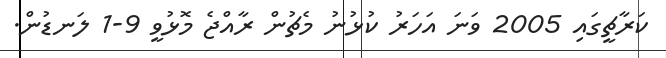
ކަރާޗީގައި 2005 ވަނަ އަހަރު ކުޅުނު މެޗުން ރާއްޖެ މޮޅުވީ 9-1 ލަނޑުން.